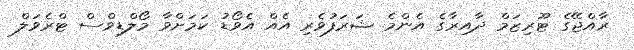
ރާއްޖޭގެ ޓޫރިޒަމް ދާއިރާގެ އެންމެ ޝަރަފުވެރި އެއް އެވޯޑު ކަމަށްވާ މޯލްޑިވްސް ޓްރެވަލް